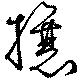
攘